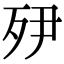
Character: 𭮅